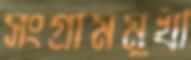
সংগ্রামমুখী